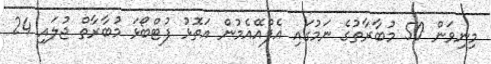
މިނިވަން 50 މުބާރާތުގެ ނަމުގައި އެފްްއޭއެމުން އަތޮޅު ފުޓްބޯޅަ މުބާރާތް ޖުލައި 24